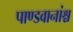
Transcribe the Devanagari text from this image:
पाण्डवानांश्च